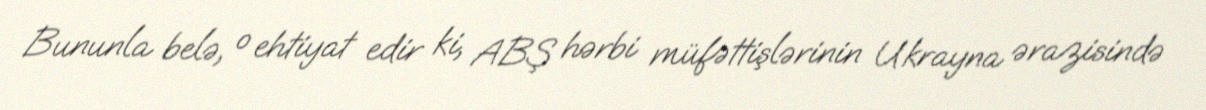
Bununla belə, o ehtiyat edir ki, ABŞ hərbi müfəttişlərinin Ukrayna ərazisində